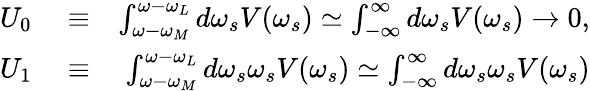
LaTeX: \begin{array}{rlr}{U_{0}}&{{}\equiv}&{\int_{\omega-\omega_{M}}^{\omega-\omega_{L}}d\omega_{s}V(\omega_{s})\simeq\int_{-\infty}^{\infty}d\omega_{s}V(\omega_{s})\rightarrow 0,}\\ {U_{1}}&{{}\equiv}&{\int_{\omega-\omega_{M}}^{\omega-\omega_{L}}d\omega_{s}\omega_{s}V(\omega_{s})\simeq\int_{-\infty}^{\infty}d\omega_{s}\omega_{s}V(\omega_{s})}\end{array}